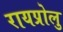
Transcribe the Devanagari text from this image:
रायप्रोलु